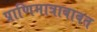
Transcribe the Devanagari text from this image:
प्राणिमात्राबाबत